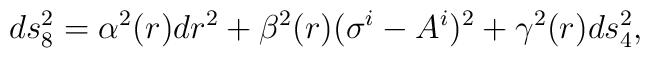
ds^2_{8} = \alpha^2(r) dr^2 + \beta^2(r) (\sigma^{i} - A^{i})^2 + \gamma^2(r)ds^2_{4},